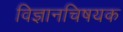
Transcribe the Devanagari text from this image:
विज्ञानचिषयक